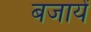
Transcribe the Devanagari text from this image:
बजायें